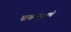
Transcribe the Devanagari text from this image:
चाचणीसाठी